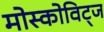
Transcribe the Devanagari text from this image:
मोस्कोविट्ज